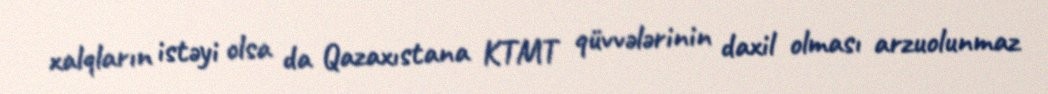
xalqların istəyi olsa da Qazaxıstana KTMT qüvvələrinin daxil olması arzuolunmaz